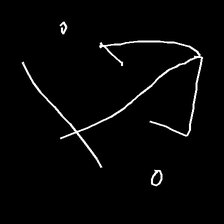
Glyph: earth